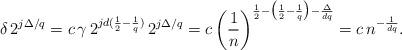
LaTeX: \begin{align*}\delta\, 2^{j\Delta/q}=c\, \gamma\, 2^{jd(\frac{1}{2}-\frac{1}{q})}\, 2^{j\Delta/q}&=c\, \bigg(\frac{1}{n}\bigg)^{\frac{1}{2}-\big(\frac{1}{2}-\frac{1}{q}\big)-\frac{\Delta}{dq}}=c\, n^{-\frac{1}{dq}}.\end{align*}